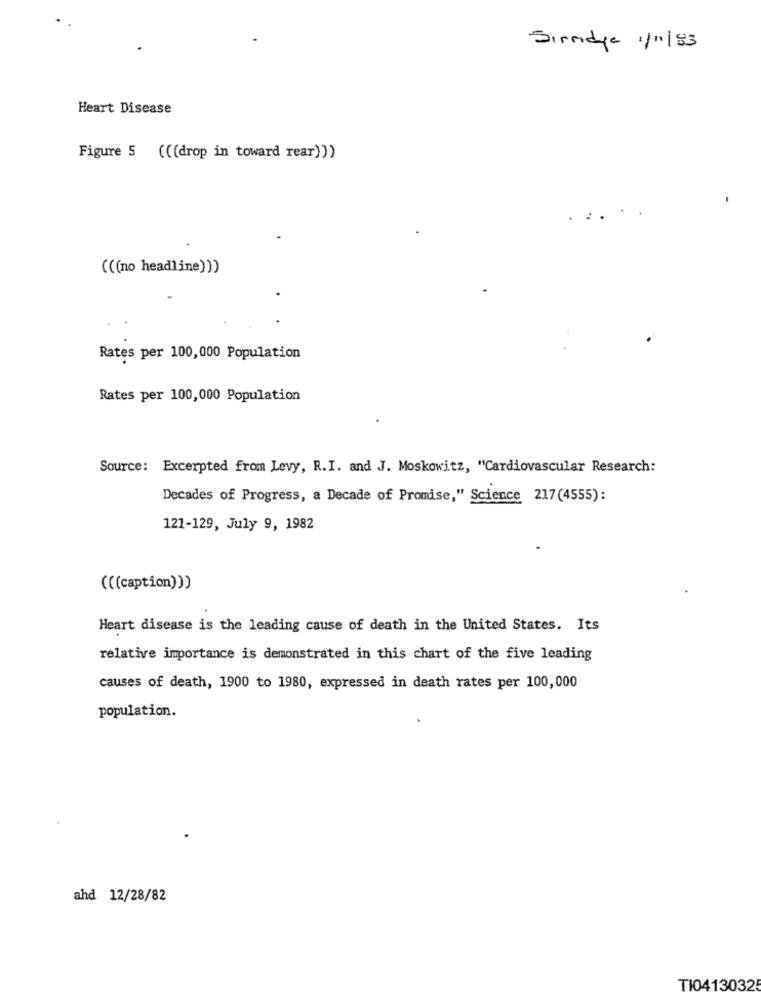
Sirridge 1/11/93
Heart Disease
Figure 5 (((drop in toward rear)))
. ..
(((no headline)))
Rates per 100,000 Population
Rates per 100,000 Population
Source: Excerpted from Levy, R.I. and J. Moskowitz, "Cardiovascular Research:
Decades of Progress, a Decade of Promise," Science 217(4555):
121-129, July 9, 1982
(((caption)))
Heart disease is the leading cause of death in the United States. Its
relative importance is demonstrated in this chart of the five leading
causes of death, 1900 to 1980, expressed in death rates per 100,000
population.
ahd 12/28/82
TI04130325